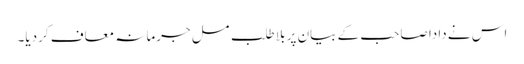
اس نے دادا صاحب کے بیان پر بلا طلب مسل جرمانہ معاف کردیا۔